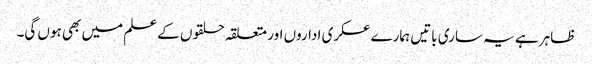
ظاہر ہے یہ ساری باتیں ہمارے عسکری اداروں اور متعلقہ حلقوں کے علم میں بھی ہوں گی۔